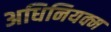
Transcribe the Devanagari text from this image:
अधिनियक्म